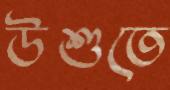
উশুতে